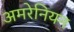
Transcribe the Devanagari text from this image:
अमरेनियन